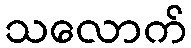
သလောက်